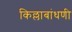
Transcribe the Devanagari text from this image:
किल्लाबांधणी